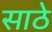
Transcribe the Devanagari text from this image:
साठेे